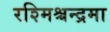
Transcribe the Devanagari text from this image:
रश्मिश्चन्द्रमा